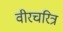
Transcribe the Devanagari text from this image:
वीरचरित्र